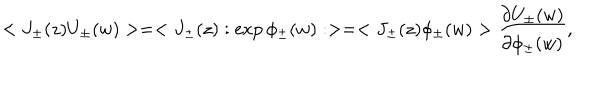
LaTeX: < J _ { \pm } ( z ) U _ { \pm } ( w ) > = < J _ { \pm } ( z ) : \exp \phi _ { \pm } ( w ) : > = < J _ { \pm } ( z ) \phi _ { \pm } ( w ) > \frac { \partial U _ { \pm } ( w ) } { \partial \phi _ { \pm } ( w ) } ,